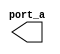
module FNC_NR_AVGV (port_a);
   output reg port_a;
   function func_a;
      input port_b;
      input port_c;
      if(port_b == 0)
      func_a = 1'b0;
      else
      port_a = port_c;
   endfunction
endmodule